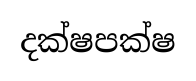
දක්ෂපක්ෂ